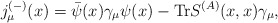
\begin{align*}j^{(-)}_{\mu}(x)=\bar{\psi}(x)\gamma_{\mu}\psi(x)-{\rm Tr}S^{(A)}(x,x)\gamma_{\mu},\end{align*}